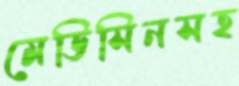
মেডিসিনসহ